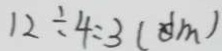
1 2 \div 4 = 3 ( d m )